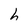
Character: h